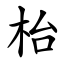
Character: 枱